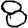
Digit: 8